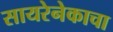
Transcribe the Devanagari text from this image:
सायरेनेकाचा